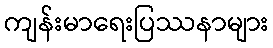
ကျန်းမာရေးပြဿနာများ